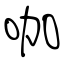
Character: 咖